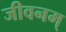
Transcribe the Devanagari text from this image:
जीवनम्